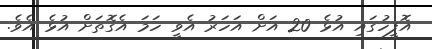
އޮފީހުގައި އުޅެ 20 އަށް އަހަރު އެވީ ހަމަ އެގޮތަށް އުޅެ އެވެ.